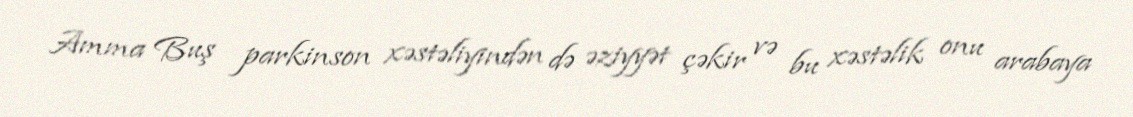
Amma Buş parkinson xəstəliyindən də əziyyət çəkir və bu xəstəlik onu arabaya